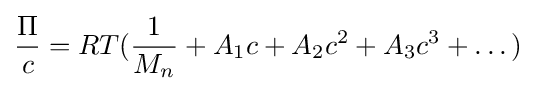
{\Pi  \over c}=RT({1 \over M_{n}}+A_{1}c+A_{2}c^{2}+A_{3}c^{3}+\dots )